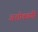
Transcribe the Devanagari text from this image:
अशोकवगैरे